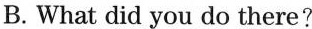
B. What did you do there?